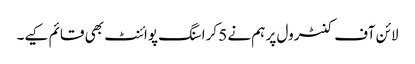
لائن آف کنٹرول پر ہم نے 5 کراسنگ پوائنٹ بھی قائم کیے۔